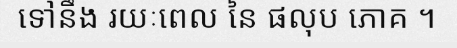
ទៅនឹង រយៈពេល នៃ ផលុប ភោគ ។